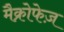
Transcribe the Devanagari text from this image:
मैक्रोफेज़